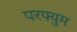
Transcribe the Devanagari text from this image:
परफ्युम